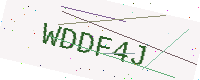
Text: WDDF4J